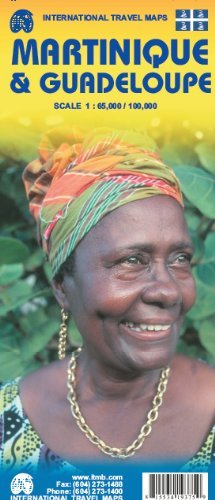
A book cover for By ITMB Canada Martinique 1:65,000 & Guadeloupe 1:100,000 Travel Map (International Travel Maps) (1st First Edition) [Map]; Travel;